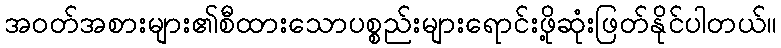
အဝတ်အစားများ၏စီထားသောပစ္စည်းများရောင်းဖို့ဆုံးဖြတ်နိုင်ပါတယ်။